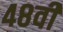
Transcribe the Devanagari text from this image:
४८वी